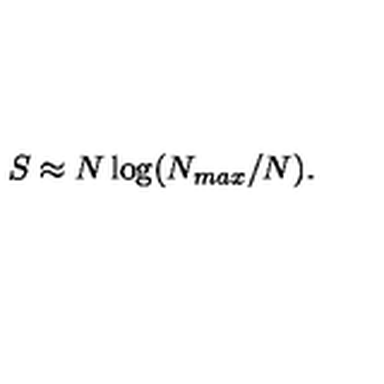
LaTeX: S \approx N \log ( N _ { m a x } / N ) .